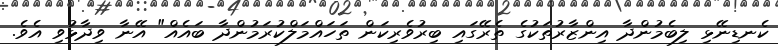
ކެނޑިނޭޅި ލިބެމުންދާ އިންޒާރުތަކުގެ ތެރޭގައި ބިރުވެރިކަން ތަހައްމަލްކުރަމުންދާ ބައެއް" އޭނާ ވިދާޅުވި އެވެ.